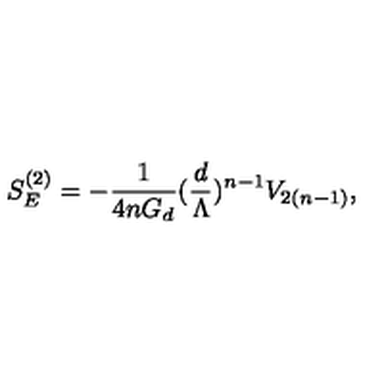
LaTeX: S _ { E } ^ { ( 2 ) } = - \frac { 1 } { 4 n G _ { d } } ( \frac { d } { \Lambda } ) ^ { n - 1 } V _ { 2 ( n - 1 ) } ,